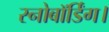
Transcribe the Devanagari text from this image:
स्नोबॉर्डिंग।